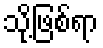
သို့ဖြစ်ရာ